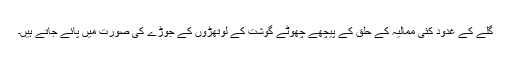
گلے کے غدود کئی ممالیہ کے حلق کے پیچھے چھوٹے گوشت کے لوتھڑوں کے جوڑے کی صورت میں پائے جاتے ہیں۔